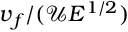
\boldsymbol { v } _ { f } / ( \mathcal { U } E ^ { 1 / 2 } )